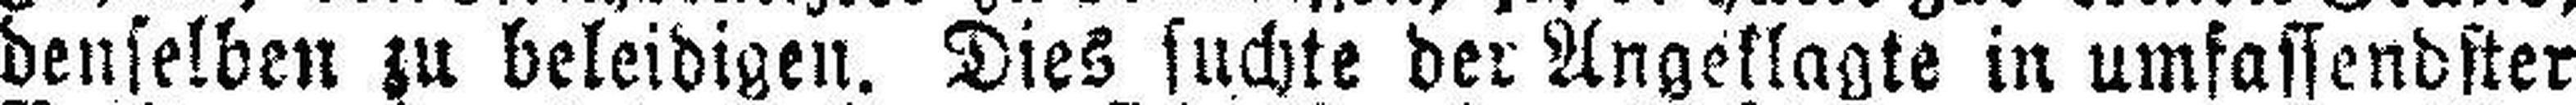
denselben zu beleidigen. Dies suchte der Angeklagte in umfassendster